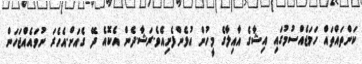
ކަންތައްތައް ހަމަޖެއްސުމުގައި އިޝާގެ އާއިލާގެ މީހުން އުޅެންފެށިއެވެ.ރަޝާ.ދެން އެކޮއެ ދޭ ގެއަށް.އެހެރަ ނުވައެއްޖަހަން